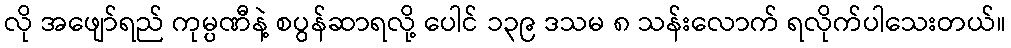
လို အဖျော်ရည် ကုမ္ပဏီနဲ့ စပွန်ဆာရလို့ ပေါင် ၁၃၉ ဒသမ ၈ သန်းလောက် ရလိုက်ပါသေးတယ်။